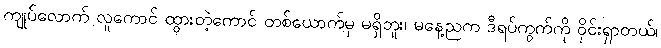
ကျုပ်လောက် လူကောင် ထွားတဲ့ကောင် တစ်ယောက်မှ မရှိဘူး၊ မနေ့ညက ဒီရပ်ကွက်ကို ဝိုင်းရှာတယ်၊